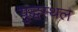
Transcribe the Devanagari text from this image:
युद्धस्‍थल